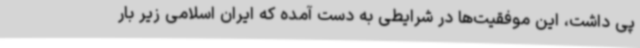
پی داشت، این موفقیت‌ها در شرایطی به دست آمده که ایران اسلامی زیر بار